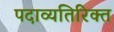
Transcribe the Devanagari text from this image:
पदाव्यतिरिक्त